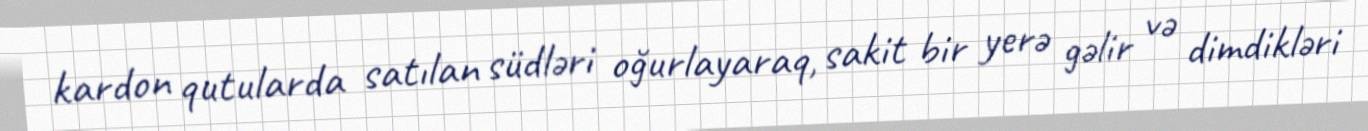
kardon qutularda satılan südləri oğurlayaraq, sakit bir yerə gəlir və dimdikləri